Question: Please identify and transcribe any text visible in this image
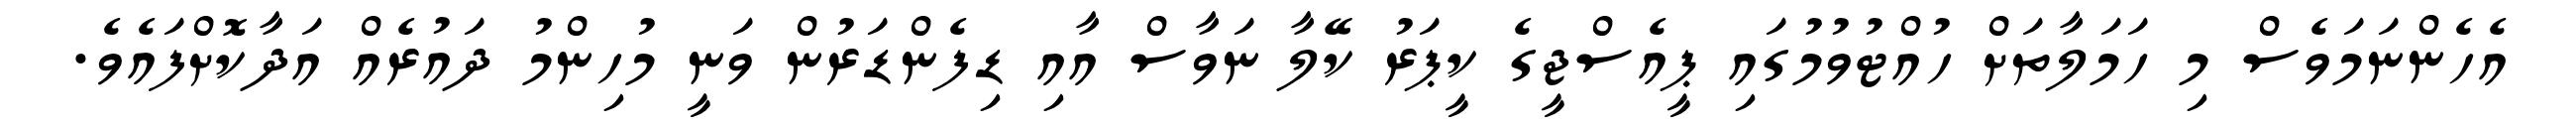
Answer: އެހެންނަމަވެސް މި ހަމަލާތަށް ހުއްޓުވުމުގައި ޕީއެސްޖީގެ ކީޕަރު ކޭލާ ނަވާސް އާއި ޑިފެންޑަރުން ވަނީ މުހިންމު ދައުރެއް އަދާކޮށްފައެވެ.